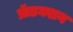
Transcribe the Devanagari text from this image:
प्रॅाडक्शन